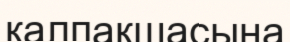
қалпақшасына